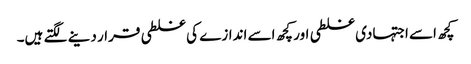
کچھ اسے اجتہادی غلطی اور کچھ اسے اندازے کی غلطی قرار دینے لگتے ہیں۔